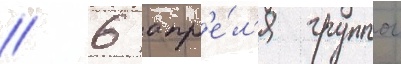
// 6 апр'е́л'я группои